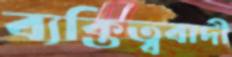
ব্যক্তিত্ববাদী